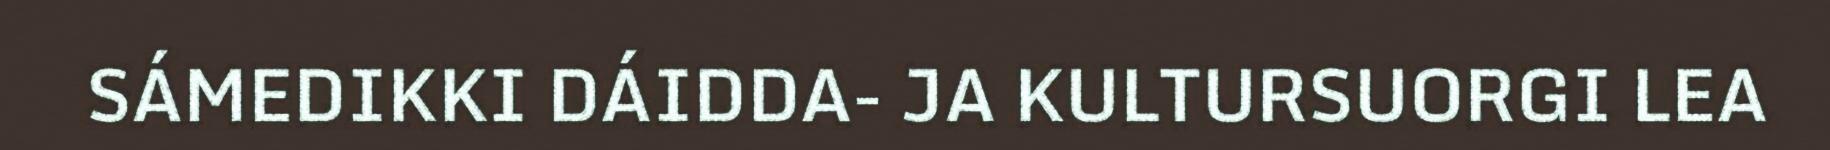
SÁMEDIKKI DÁIDDA- JA KULTURSUORGI LEA